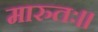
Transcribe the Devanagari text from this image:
मारुतः।।